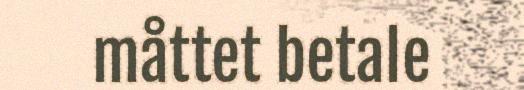
måttet betale